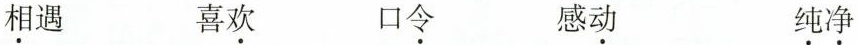
相遇 喜欢 口令 感动 纯净